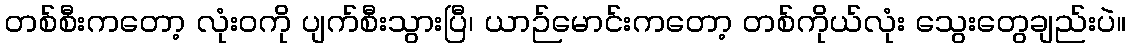
တစ်စီးကတော့ လုံးဝကို ပျက်စီးသွားပြီ၊ ယာဉ်မောင်းကတော့ တစ်ကိုယ်လုံး သွေးတွေချည်းပဲ။